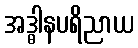
အဒ္ဓါနပရိညာယ